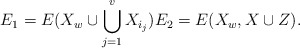
\begin{align*}E_1=E(X_w\cup \bigcup_{j=1}^v X_{i_j}) E_2=E(X_w, X\cup Z).\end{align*}